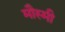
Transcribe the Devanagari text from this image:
मौस्मी